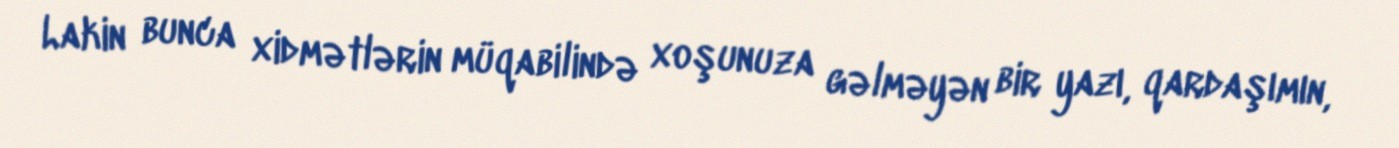
Lakin bunca xidmətlərin müqabilində xoşunuza gəlməyən bir yazı, qardaşımın,